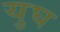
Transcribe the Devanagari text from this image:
युघ